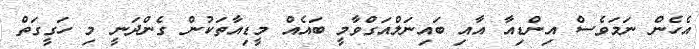
އެހެން ނަމަވެސް އިންޑިއާ އާއި ބައިނަލްއަގްވާމީ ބައެއް މީޑިއާތަކުން ގެންދަނީ މި ހަގީގަތް